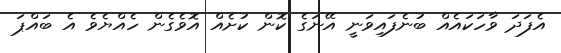
އެފަދަ ވާހަކައެއް ބުނެފައިވަނީ އޭނަގެ ކޮން ކުށެއް އޮވެގެން ހެއްޔެވެ އެ ބައްޕަ